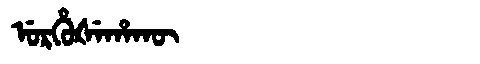
Manchu: ᡠᡵᡥᡠᡧᡝᡥᠠᡴᡡ
Romanization: URHUŠEHAKŪ